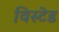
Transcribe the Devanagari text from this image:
विस्टेड